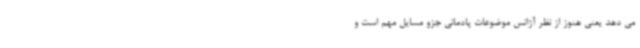
می دهد یعنی هنوز از نظر آژانس موضوعات پادمانی جزو مسایل مهم است و